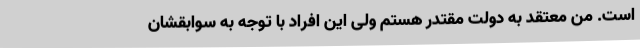
است. من معتقد به دولت مقتدر هستم ولی این افراد با توجه به سوابقشان